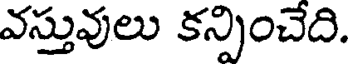
వస్తువులు కన్పించేది.